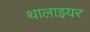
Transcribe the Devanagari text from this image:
थालाइयर